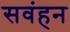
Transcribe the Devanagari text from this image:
सवंहन